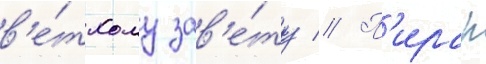
в'е́тхому зав'е́ту // П'ирар